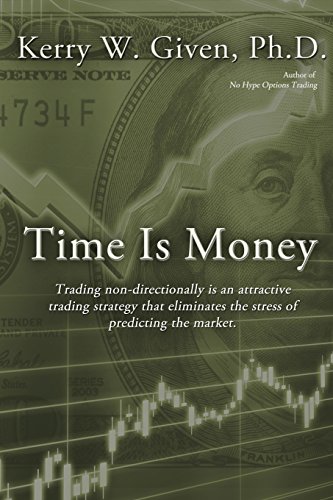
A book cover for Time is Money; Kerry W Given; Business & Money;